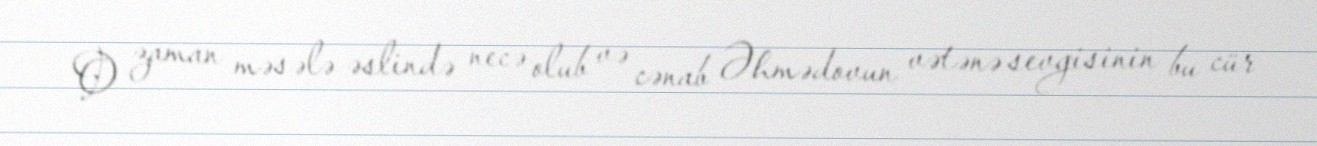
O zaman məsələ əslində necə olub və cənab Əhmədovun vətənə sevgisinin bu cür